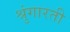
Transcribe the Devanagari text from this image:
श्रुंगारती